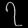
Digit: ၇